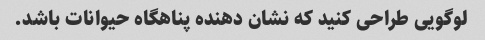
لوگویی طراحی کنید که نشان دهنده پناهگاه حیوانات باشد.